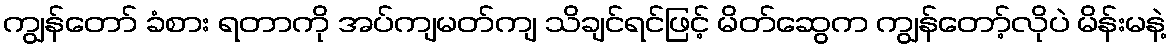
ကျွန်တော် ခံစား ရတာကို အပ်ကျမတ်ကျ သိချင်ရင်ဖြင့် မိတ်ဆွေက ကျွန်တော့်လိုပဲ မိန်းမနဲ့